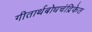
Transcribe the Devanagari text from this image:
गीतार्थबोधचंद्रिकेत